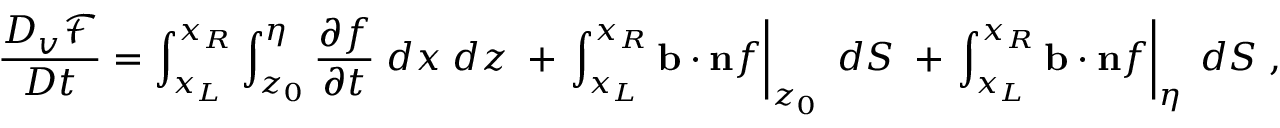
\frac { D _ { v } \mathcal { F } } { D t } = \int _ { x _ { L } } ^ { x _ { R } } \int _ { z _ { 0 } } ^ { \eta } \frac { \partial f } { \partial t } \; d x \; d z \; + \left. \int _ { x _ { L } } ^ { x _ { R } } \mathbf { b } \cdot \mathbf { n } f \right| _ { z _ { 0 } } \; d S \; + \left. \int _ { x _ { L } } ^ { x _ { R } } \mathbf { b } \cdot \mathbf { n } f \right| _ { \eta } \; d S \; ,